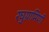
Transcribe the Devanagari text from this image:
रघुग्रामिणी